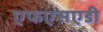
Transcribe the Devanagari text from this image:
एफएसएडी